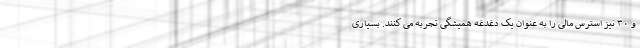
و ۳۰ نیز استرس مالی را به عنوان یک دغدغه همیشگی تجربه می کنند. بسیاری